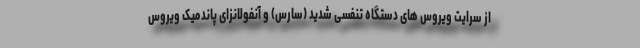
از سرایت ویروس های دستگاه تنفسی شدید (سارس) و آنفولانزای پاندمیک ویروس